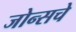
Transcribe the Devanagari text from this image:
जोन्सचे